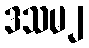
ဒသမ၂